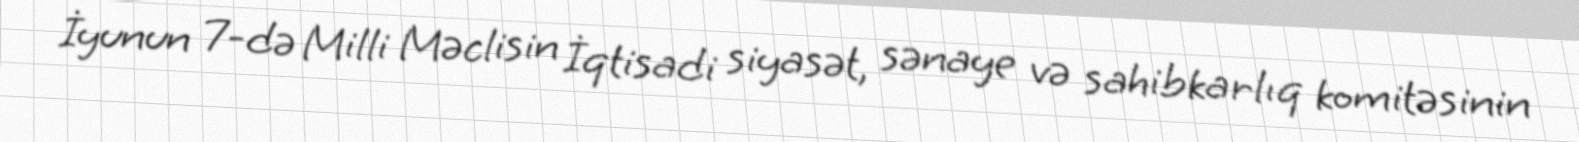
İyunun 7-də Milli Məclisin İqtisadi siyasət, sənaye və sahibkarlıq komitəsinin